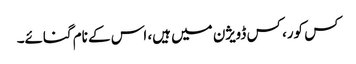
کس کور، کس ڈویژن میں ہیں، اس کے نام گنائے۔